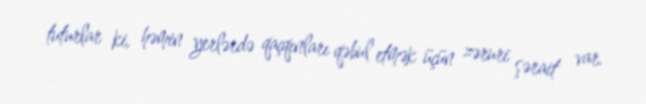
tuturlar ki, həmin yerlərdə qaçqınları qəbul etmək üçün zəruri şərait var.